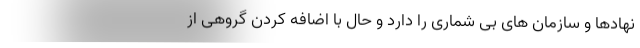
نهادها و سازمان های بی شماری را دارد و حال با اضافه کردن گروهی از